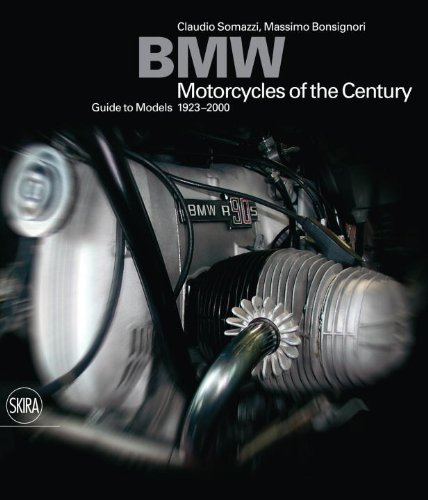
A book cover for BMW: Motorcycles of the Century; Claudio Somazzi; Arts & Photography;